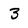
Character: 3